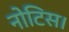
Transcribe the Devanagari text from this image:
नोटिस।